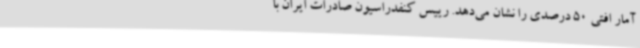
آمار افتی 50 درصدی را نشان می‌دهد. رییس کنفدراسیون صادرات ایران با